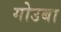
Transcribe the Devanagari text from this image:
गोउबा